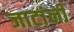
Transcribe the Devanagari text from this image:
जाटांनी